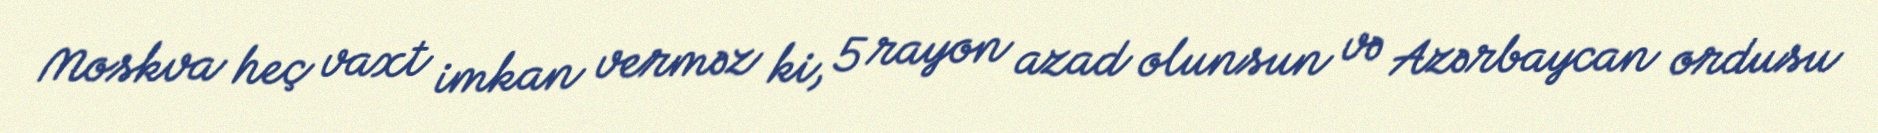
Moskva heç vaxt imkan verməz ki, 5 rayon azad olunsun və Azərbaycan ordusu